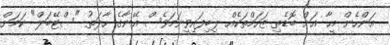
އަންހެން މީހާ އަށް ބޮޑެތި ޒަހަމްތަކެއް ލިބިފައިވީނަމަވެސް އޭނާގެ ހާލަތު "ސްޓޭބަލް" ކަމަށް